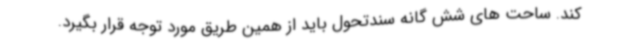
کند. ساحت های شش گانه سندتحول باید از همین طریق مورد توجه قرار بگیرد.